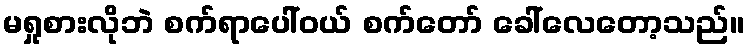
မရှုစားလိုဘဲ စက်ရာပေါ်ဝယ် စက်တော် ခေါ်လေတော့သည်။